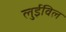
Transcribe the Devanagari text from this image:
लुईविल